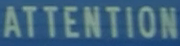
ATTENTION